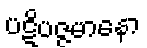
ပဋိပဇ္ဇမာနော